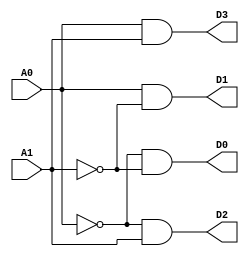
module TwoToFourDecoder (
    input A0,
    input A1,
    output D0,
    output D1,
    output D2,
    output D3
);

and andgate1(D0,~A0,~A1);
and andgate2(D1,A0,~A1);
and andgate3(D2,~A0,A1);
and andgate4(D3,A0,A1);

endmodule